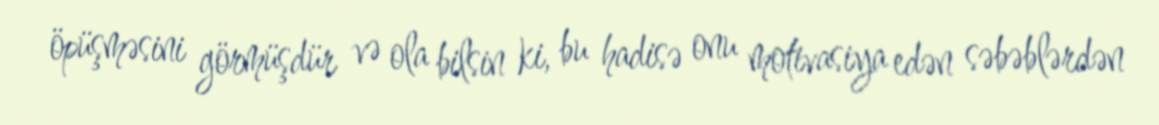
öpüşməsini görmüşdür və ola bilsin ki, bu hadisə onu motivasiya edən səbəblərdən